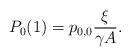
LaTeX: \begin{align*}P_{0}(1) = p_{0,0} \frac{\xi}{\gamma A}.\end{align*}